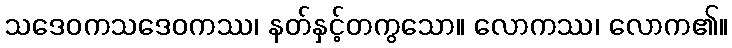
သဒေဝကသဒေဝကဿ၊ နတ်နှင့်တကွသော။ လောကဿ၊ လောက၏။